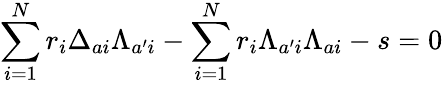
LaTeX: \sum_{i=1}^{N}r_{i}\Delta_{ai}\Lambda_{a^{\prime}i}-\sum_{i=1}^{N}r_{i}\Lambda_{a^{\prime}i}\Lambda_{ai}-s=0